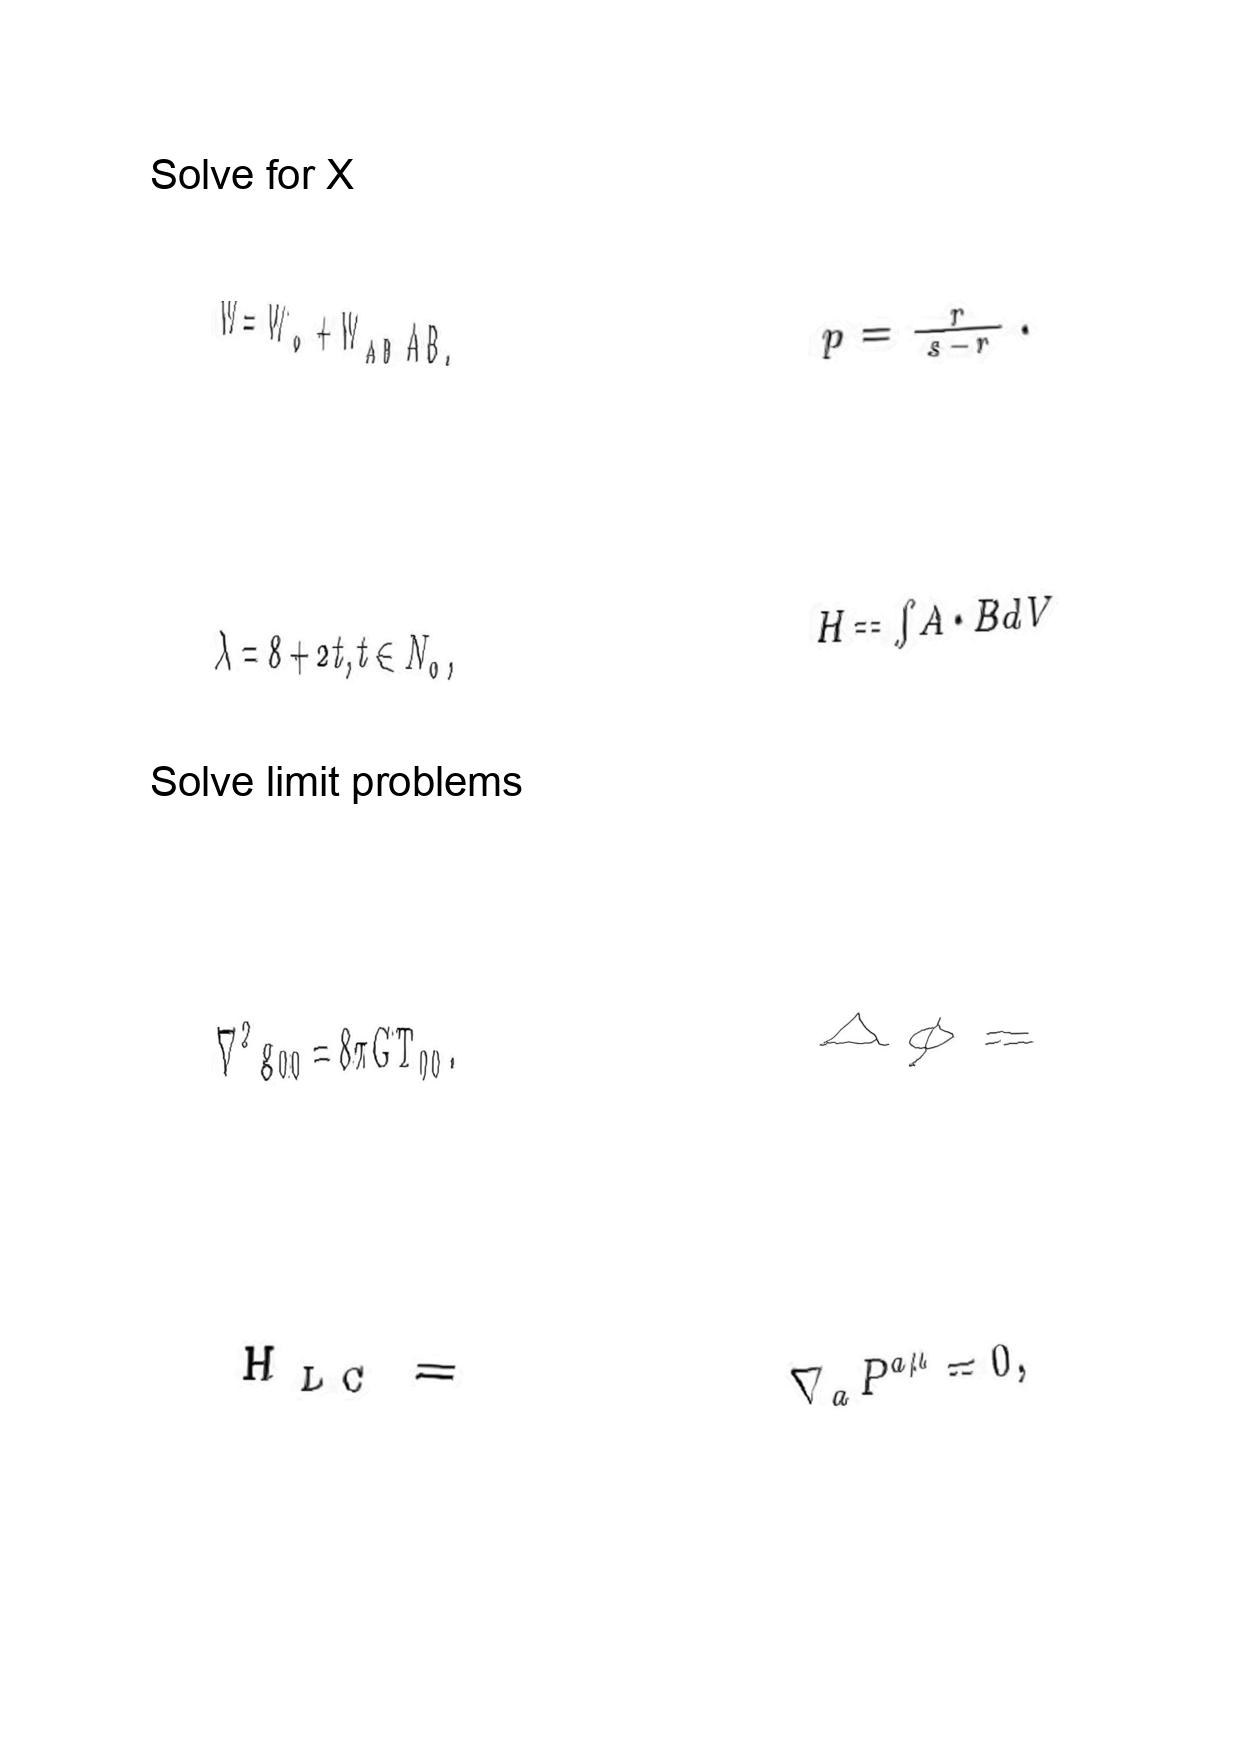
LaTeX transcription:
W = W _ { o } + W _ { A B } A B .
\lambda = 8 + 2 t , t \in N _ { 0 } ,
\nabla ^ { 2 } g _ { 0 0 } = 8 \pi G T _ { 0 0 } .
H _ { L C } =
p = \frac { r } { s - r } .
H = \int A \cdot B d V
\Delta \phi =
\nabla _ { a } P ^ { a \mu } = 0 ,